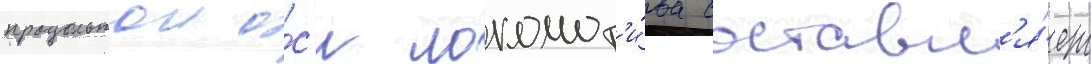
продольнои о́с'и локомот'и́ва составл'я́ет